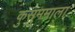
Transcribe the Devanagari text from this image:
कुसुममाला